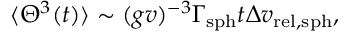
\langle \Theta ^ { 3 } ( t ) \rangle \sim ( g v ) ^ { - 3 } \Gamma _ { \mathrm { s p h } } t \Delta v _ { \mathrm { r e l , s p h } } ,